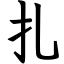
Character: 扎